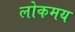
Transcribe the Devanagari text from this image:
लोकमय